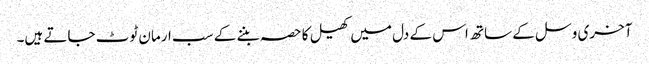
آخری وسل کے ساتھ اس کے دل میں کھیل کا حصہ بننے کے سب ارمان ٹوٹ جاتے ہیں۔